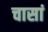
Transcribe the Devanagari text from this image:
चासां